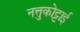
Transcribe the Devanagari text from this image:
नत्तुकोट्टाई